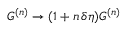
G ^ { ( n ) } \to ( 1 + n \, \delta \eta ) G ^ { ( n ) }